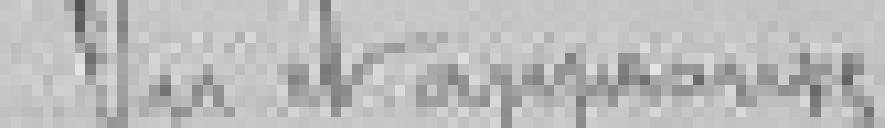
Vu et approuvé